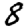
Digit: 8